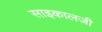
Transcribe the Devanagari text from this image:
साइकालजी